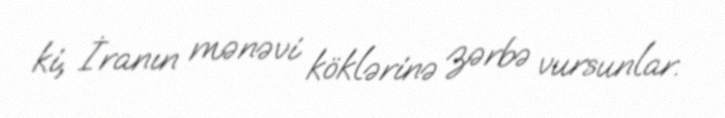
ki, İranın mənəvi köklərinə zərbə vursunlar.